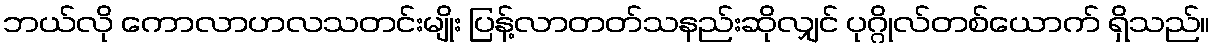
ဘယ်လို ကောလာဟလသတင်းမျိုး ပြန့်လာတတ်သနည်းဆိုလျှင် ပုဂ္ဂိုလ်တစ်ယောက် ရှိသည်။